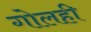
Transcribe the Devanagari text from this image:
गोलही